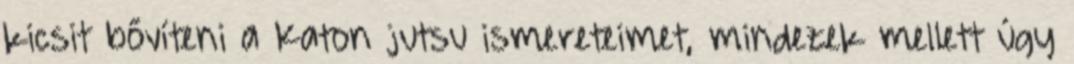
kicsit bővíteni a Katon jutsu ismereteimet, mindezek mellett úgy